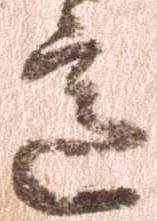
意